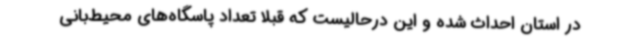
در استان احداث شده و این درحالیست که قبلاً تعداد پاسگاه‌های محیط‌بانی